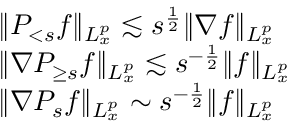
\begin{array} { r l } & { \| P _ { < s } f \| _ { L _ { x } ^ { p } } \lesssim s ^ { \frac { 1 } { 2 } } \| \nabla f \| _ { L _ { x } ^ { p } } } \\ & { \| \nabla P _ { \geq s } f \| _ { L _ { x } ^ { p } } \lesssim s ^ { - \frac { 1 } { 2 } } \| f \| _ { L _ { x } ^ { p } } } \\ & { \| \nabla P _ { s } f \| _ { L _ { x } ^ { p } } \sim s ^ { - \frac { 1 } { 2 } } \| f \| _ { L _ { x } ^ { p } } } \end{array}